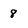
Character: 8